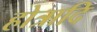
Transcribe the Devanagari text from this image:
होत्रादि